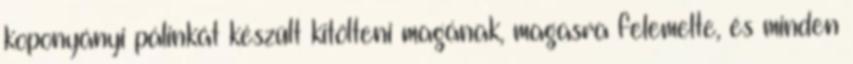
koponyányi pálinkát készült kitölteni magának, magasra felemelte, és minden